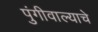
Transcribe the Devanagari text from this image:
पुंगीवाल्याचे